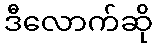
ဒီလောက်ဆို